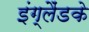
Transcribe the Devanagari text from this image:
इंग्लैंडके